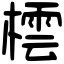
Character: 橒